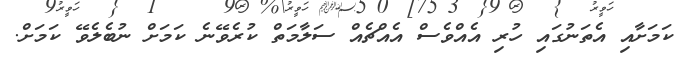
ކަމަށާއި އެތަނުގައި ހުރި އެއްވެސް އެއްޗެއް ސަލާމަތް ކުރެވޭނެ ކަމަށް ނުބެލެވޭ ކަމަށް.